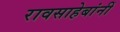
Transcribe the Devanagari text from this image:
रावसाहेबांनीं